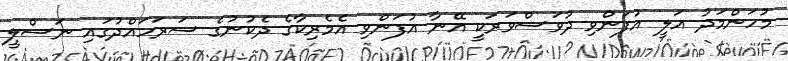
މުހަންމަދު އަލީ އުފަންވި ދުވަސްވަރަކީ އޭނާ އުފަންވި އެމެރިކާގެ ދެކުނުގެ ސަރަހައްދުގައި ނަސްލީ